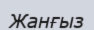
Жанғыз